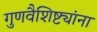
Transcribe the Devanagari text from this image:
गुणवैशिष्ट्यांना